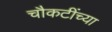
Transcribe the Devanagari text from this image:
चौकटींच्या